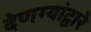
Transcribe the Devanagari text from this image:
देणग्यांद्वारे